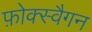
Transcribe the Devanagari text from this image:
फ़ोक्स्वैगन